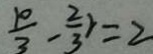
\frac { 1 0 } { 3 } - \frac { 2 } { 3 } r = 2